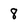
Character: 8